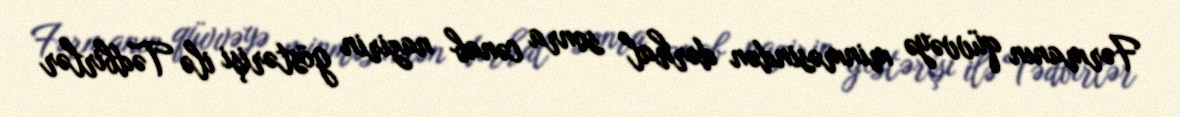
Fərmanın qüvvəyə minməsindən dərhal sonra cənab nazirin göstərişi ilə Tədbirlər